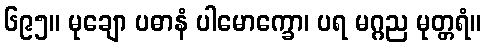
၆၉၅။ မုချော ပဓာနံ ပါမောက္ခော၊ ပရ မဂ္ဂည မုတ္တရံ။